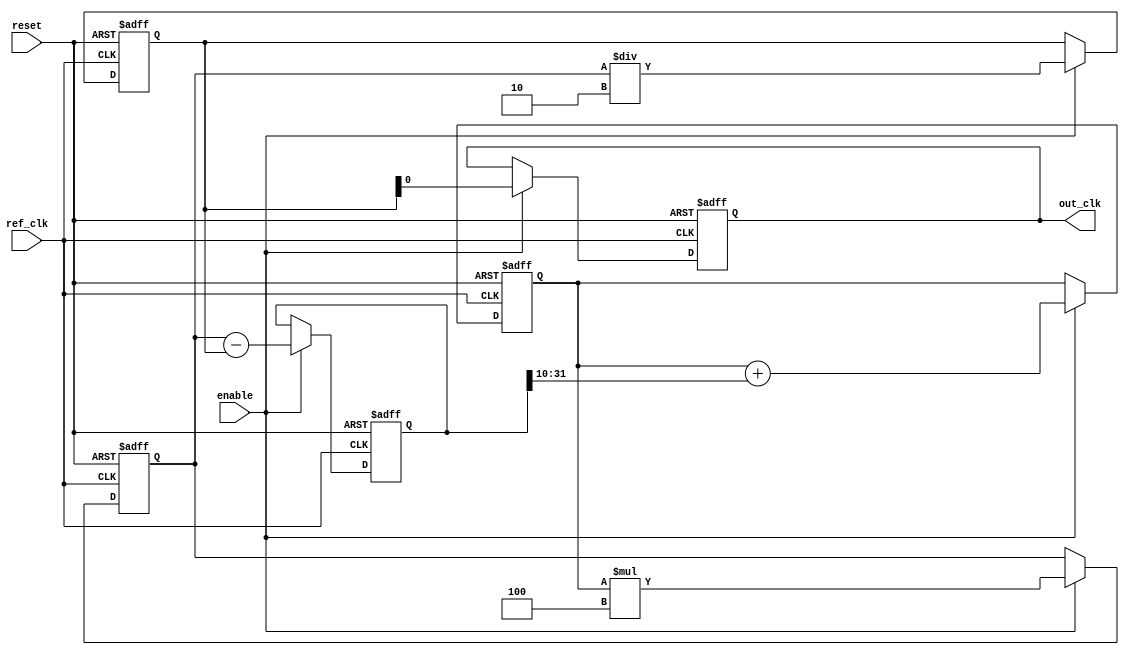
module parameterized_pll #(
    parameter PARAM_M = 4,      // Multiplication factor
    parameter PARAM_N = 2,      // Division factor
    parameter PARAM_BW = 10     // Bandwidth (for loop filter)
) (
    input wire ref_clk,          // Reference clock
    input wire reset,            // Reset signal
    input wire enable,           // Enable signal
    output reg out_clk           // Output clock
);

// Internal signals
reg [31:0] phase_error;         // Error signal from phase detector
reg [31:0] vco_output;          // Output of the VCO
reg [31:0] loop_filter_output;  // Output of the loop filter
reg [31:0] feedback_div;        // Feedback divider output
reg vco_enabled;                // VCO enabled state

// Phase Detector (PD)
always @(posedge ref_clk or posedge reset) begin
    if (reset) begin
        phase_error <= 0;
    end else if (enable) begin
        // Simple phase detection logic (for demo purposes)
        // This should be replaced with a proper phase comparator
        phase_error <= vco_output - feedback_div;
    end
end

// Loop Filter (LF)
always @(posedge ref_clk or posedge reset) begin
    if (reset) begin
        loop_filter_output <= 0;
    end else if (enable) begin
        // Simple integrative loop filter (for demo purposes)
        loop_filter_output <= loop_filter_output + (phase_error >> PARAM_BW);
    end
end

// Voltage-Controlled Oscillator (VCO)
always @(posedge ref_clk or posedge reset) begin
    if (reset) begin
        vco_output <= 0;
    end else if (enable) begin
        // Generate VCO output based on the loop filter output
        vco_output <= (loop_filter_output * PARAM_M);
    end
end

// Feedback Divider
always @(posedge ref_clk or posedge reset) begin
    if (reset) begin
        feedback_div <= 0;
    end else if (enable) begin
        // Simple feedback division logic (for demo purposes)
        feedback_div <= vco_output / PARAM_N;
    end
end

// Output Clock Generation
always @(posedge ref_clk or posedge reset) begin
    if (reset) begin
        out_clk <= 0;
    end else if (enable) begin
        // Generate output clock from feedback_div
        out_clk <= feedback_div[0]; // Simple clock toggling (for demo purposes)
    end
end

endmodule